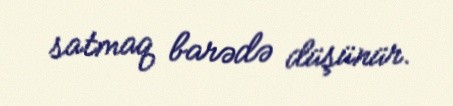
satmaq barədə düşünür.